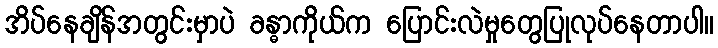
အိပ်နေချိန်အတွင်းမှာပဲ ခန္ဓာကိုယ်က ပြောင်းလဲမှုတွေပြုလုပ်နေတာပါ။